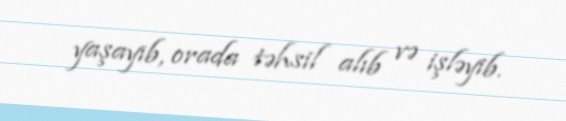
yaşayıb, orada təhsil alıb və işləyib.